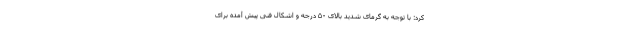
کرد: با توجه به گرمای شدید بالای ۵۰ درجه و اشکال فنی پیش آمده برای